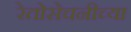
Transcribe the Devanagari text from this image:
रेतोसेचनीच्या